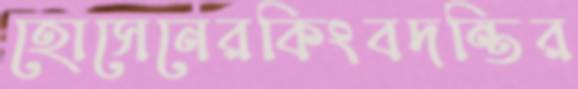
হোসেনেরকিংবদন্তির